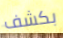
بكشف